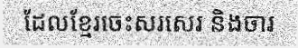
ដែលខ្មែរចេះសរសេរ និងចារ